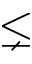
\lneq